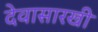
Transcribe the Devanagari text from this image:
देवासारखी